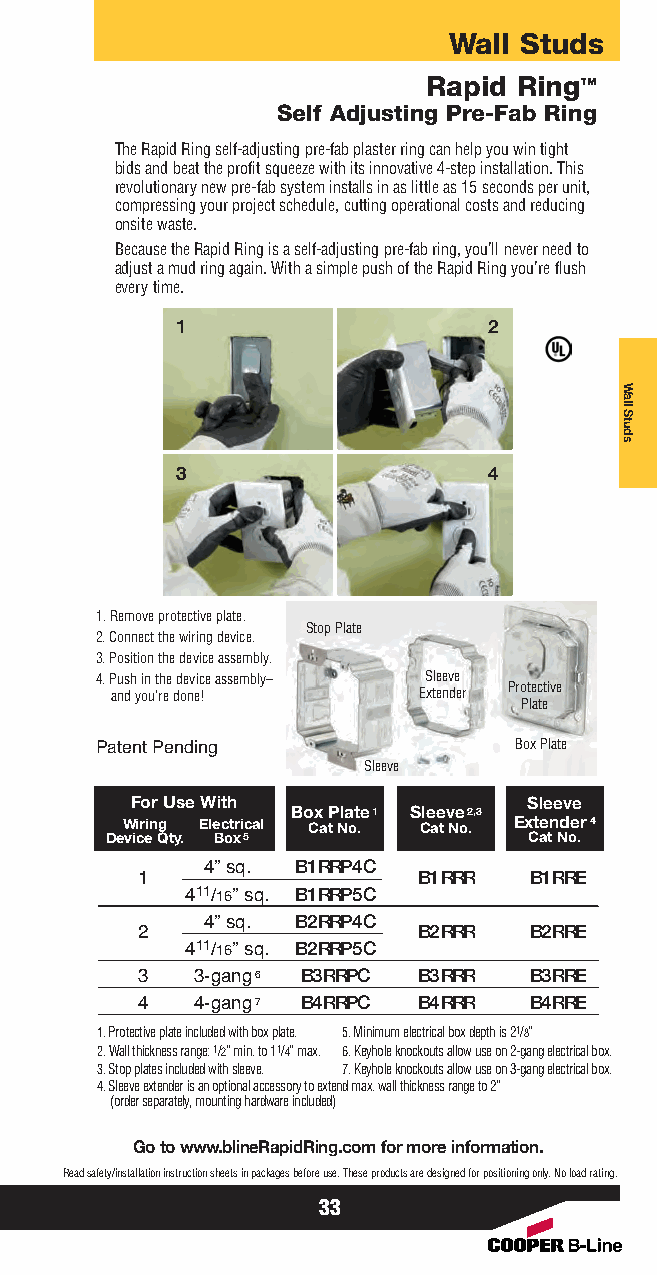
Wall Studs
 Rapid Ring™
 Self Adjusting Pre-Fab Ring
 The Rapid Ring self-adjusting pre-fab plaster ring can help you win tight
 bids and beat the profit squeeze with its innovative 4-step installation. This
 revolutionary new pre-fab system installs in as little as 15 seconds per unit,
 compressing your project schedule, cutting operational costs and reducing
 onsite waste.
 Because the Rapid Ring is a self-adjusting pre-fab ring, you’ll never need to
 adjust a mud ring again. With a simple push of the Rapid Ring you’re flush
 every time.
 1                   2
 3                   4
 1. Remove protective plate.
 Stop Plate
 2. Connect the wiring device.
 3. Position the device assembly.
 4. Push in the device assembly– Sleeve
 and you’re done!     Extender Protective
 Plate
 Box Plate
 Patent Pending    Sleeve
 For Use With              Sleeve
 Box Plate1 Sleeve2,3
 Wiring Electrical Cat No. Cat No. Extender4
 Device Qty. Box5            Cat No.
 B1RRP4C
 4” sq.         B1RRR  B1RRE
 1          B1RRP5C
 411/16” sq.
 B2RRP4C
 4” sq.         B2RRR  B2RRE
 2          B2RRP5C
 411/16” sq.
 B3RRPC  B3RRR  B3RRE
 3   3-gang6
 B4RRPC  B4RRR  B4RRE
 4   4-gang7
 1. Protective plate included with box plate. 5. Minimum electrical box depth is 21/8”
 2. Wall thickness range: 1/2” min. to 11/4” max. 6. Keyhole knockouts allow use on 2-gang electrical box.
 3. Stop plates included with sleeve. 7. Keyhole knockouts allow use on 3-gang electrical box.
 4. Sleeve extender is an optional accessory to extend max. wall thickness range to 2”
 (order separately, mounting hardware included)
 Go to www.blineRapidRing.com for more information.
 Read safety/installation instruction sheets in packages before use. These products are designed for positioning only. No load rating.
 33
 Wall
 Studs